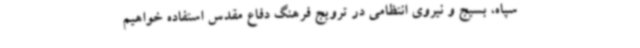
سپاه، بسیج و نیروی انتظامی در ترویج فرهنگ دفاع مقدس استفاده خواهیم